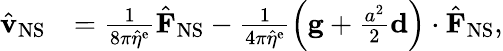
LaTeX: \begin{array}{rl}{\hat{\mathbf{v}}_{\mathrm{NS}}}&{=\frac{1}{8\pi\hat{\eta}^{\mathrm{e}}}\hat{\mathbf{F}}_{\mathrm{NS}}-\frac{1}{4\pi\hat{\eta}^{\mathrm{e}}}\left(\mathbf{g}+\frac{a^{2}}{2}\mathbf{d}\right)\cdot\hat{\mathbf{F}}_{\mathrm{NS}},}\end{array}